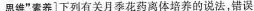
思维”索养]下列有关月季花药离体培养的说法，错误